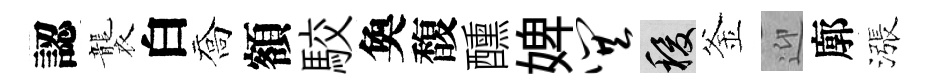
認襲白喬額駮奐馥醺婢巽稷釜迎廓漲